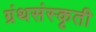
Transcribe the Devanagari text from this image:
ग्रंथसंस्‍कृती